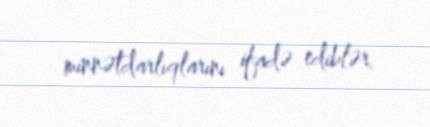
minnətdarlıqlarını ifadə ediblər.